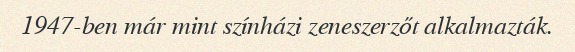
1947-ben már mint színházi zeneszerzőt alkalmazták.